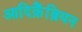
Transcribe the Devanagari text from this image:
आदिक्रैंब्रियन